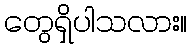
တွေရှိပါသလား။